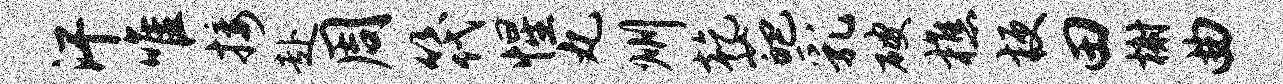
汗唯接赴周筏惺丸州乾葩乳破樵梗田榭曲